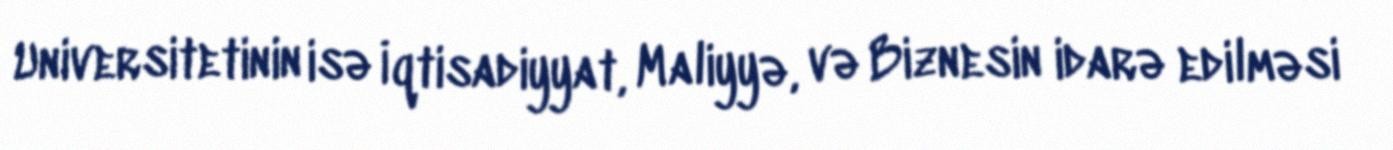
Universitetinin isə İqtisadiyyat, Maliyyə, və Biznesin idarə edilməsi